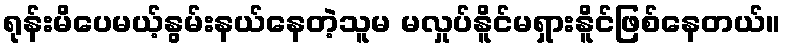
ရုန်းမိပေမယ့်နွမ်းနယ်နေတဲ့သူမ မလှုပ်နိူင်မရှားနိူင်ဖြစ်နေတယ်။